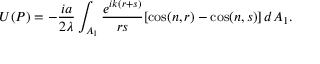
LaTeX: U ( P ) = - { \frac { i a } { 2 \lambda } } \int _ { A _ { 1 } } { \frac { e ^ { i k ( r + s ) } } { r s } } [ \cos ( n , r ) - \cos ( n , s ) ] \, d { A _ { 1 } } .